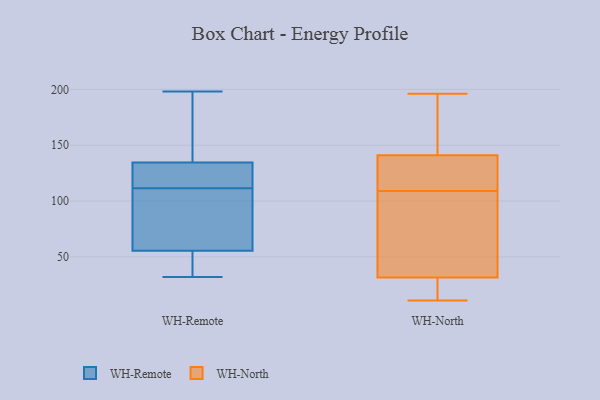
{"axis": {"x": "Budget (USD K)", "y": "Value"}, "legend": ["WH-North", "WH-Remote"], "data": [{"x": "", "y": 112, "type": "WH-Remote"}, {"x": "", "y": 191, "type": "WH-Remote"}, {"x": "", "y": 124, "type": "WH-Remote"}, {"x": "", "y": 121, "type": "WH-Remote"}, {"x": "", "y": 111, "type": "WH-Remote"}, {"x": "", "y": 32, "type": "WH-Remote"}, {"x": "", "y": 43, "type": "WH-Remote"}, {"x": "", "y": 53, "type": "WH-Remote"}, {"x": "", "y": 53, "type": "WH-Remote"}, {"x": "", "y": 58, "type": "WH-Remote"}, {"x": "", "y": 145, "type": "WH-Remote"}, {"x": "", "y": 198, "type": "WH-Remote"}, {"x": "", "y": 134, "type": "WH-Remote"}, {"x": "", "y": 65, "type": "WH-Remote"}, {"x": "", "y": 91, "type": "WH-Remote"}, {"x": "", "y": 135, "type": "WH-Remote"}, {"x": "", "y": 79, "type": "WH-North"}, {"x": "", "y": 196, "type": "WH-North"}, {"x": "", "y": 36, "type": "WH-North"}, {"x": "", "y": 105, "type": "WH-North"}, {"x": "", "y": 147, "type": "WH-North"}, {"x": "", "y": 22, "type": "WH-North"}, {"x": "", "y": 28, "type": "WH-North"}, {"x": "", "y": 11, "type": "WH-North"}, {"x": "", "y": 20, "type": "WH-North"}, {"x": "", "y": 144, "type": "WH-North"}, {"x": "", "y": 115, "type": "WH-North"}, {"x": "", "y": 129, "type": "WH-North"}, {"x": "", "y": 194, "type": "WH-North"}, {"x": "", "y": 113, "type": "WH-North"}, {"x": "", "y": 35, "type": "WH-North"}, {"x": "", "y": 138, "type": "WH-North"}]}